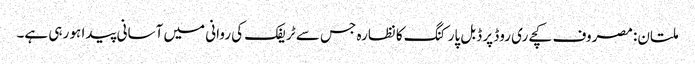
ملتان: مصروف کچےری روڈ پر ڈبل پارکنگ کا نظارہ جس سے ٹریفک کی روانی میں آسانی پیدا ہو رہی ہے۔